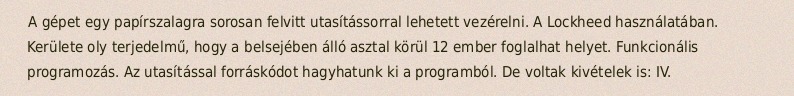
A gépet egy papírszalagra sorosan felvitt utasítássorral lehetett vezérelni. A Lockheed használatában. Kerülete oly terjedelmű, hogy a belsejében álló asztal körül 12 ember foglalhat helyet. Funkcionális programozás. Az utasítással forráskódot hagyhatunk ki a programból. De voltak kivételek is: IV.